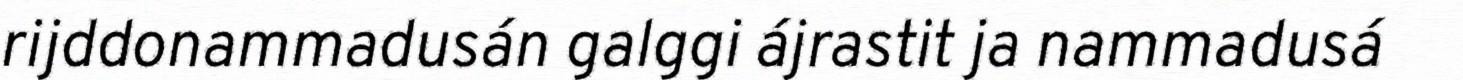
rijddonammadusán galggi ájrastit ja nammadusá